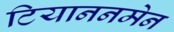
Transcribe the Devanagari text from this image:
टियाननमेन